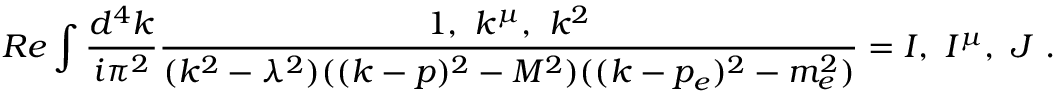
R e \int \frac { d ^ { 4 } k } { i \pi ^ { 2 } } \frac { 1 , \ k ^ { \mu } , \ k ^ { 2 } } { ( k ^ { 2 } - \lambda ^ { 2 } ) ( ( k - p ) ^ { 2 } - M ^ { 2 } ) ( ( k - p _ { e } ) ^ { 2 } - m _ { e } ^ { 2 } ) } = I , \ I ^ { \mu } , \ J \ .